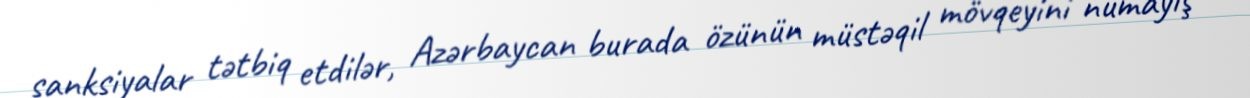
sanksiyalar tətbiq etdilər, Azərbaycan burada özünün müstəqil mövqeyini nümayiş